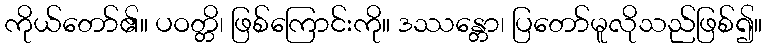
ကိုယ်တော်၏။ ပဝတ္တိ၊ ဖြစ်ကြောင်းကို။ ဒဿန္တော၊ ပြတော်မူလိုသည်ဖြစ်၍။